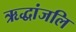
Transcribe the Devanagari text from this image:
ऋद्धांजलि